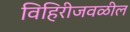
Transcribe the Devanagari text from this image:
विहिरीजवळील